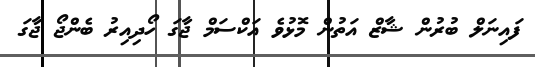
ފައިނަލް ބުރުން ޝާޒް އަތުން މޮޅުވެ އަކްސަމް ޖާގަ ހޯދިއިރު ބެންޖޯ ޖާގަ